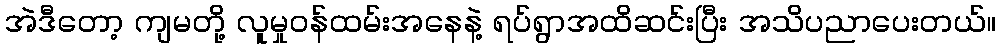
အဲဒီတော့ ကျမတို့ လူမှုဝန်ထမ်းအနေနဲ့ ရပ်ရွာအထိဆင်းပြီး အသိပညာပေးတယ်။